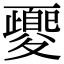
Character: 夒